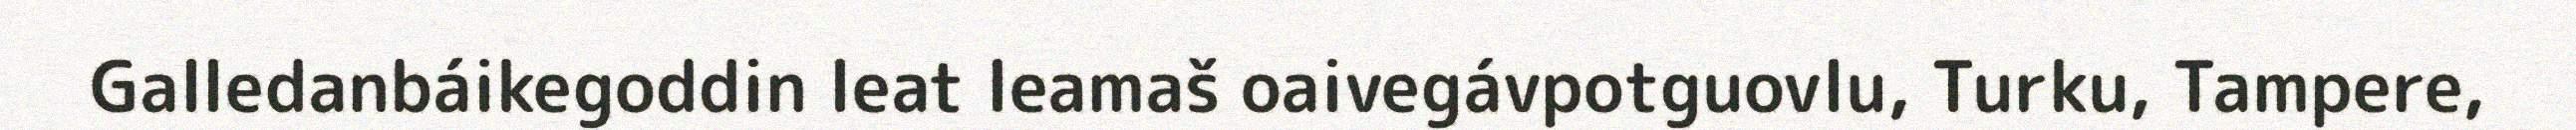
Galledanbáikegoddin leat leamaš oaivegávpotguovlu, Turku, Tampere,